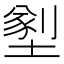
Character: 𡐂